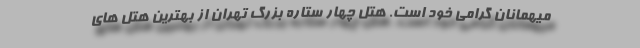
میهمانان گرامی خود است. هتل چهار ستاره بزرگ تهران از بهترین هتل ‌های